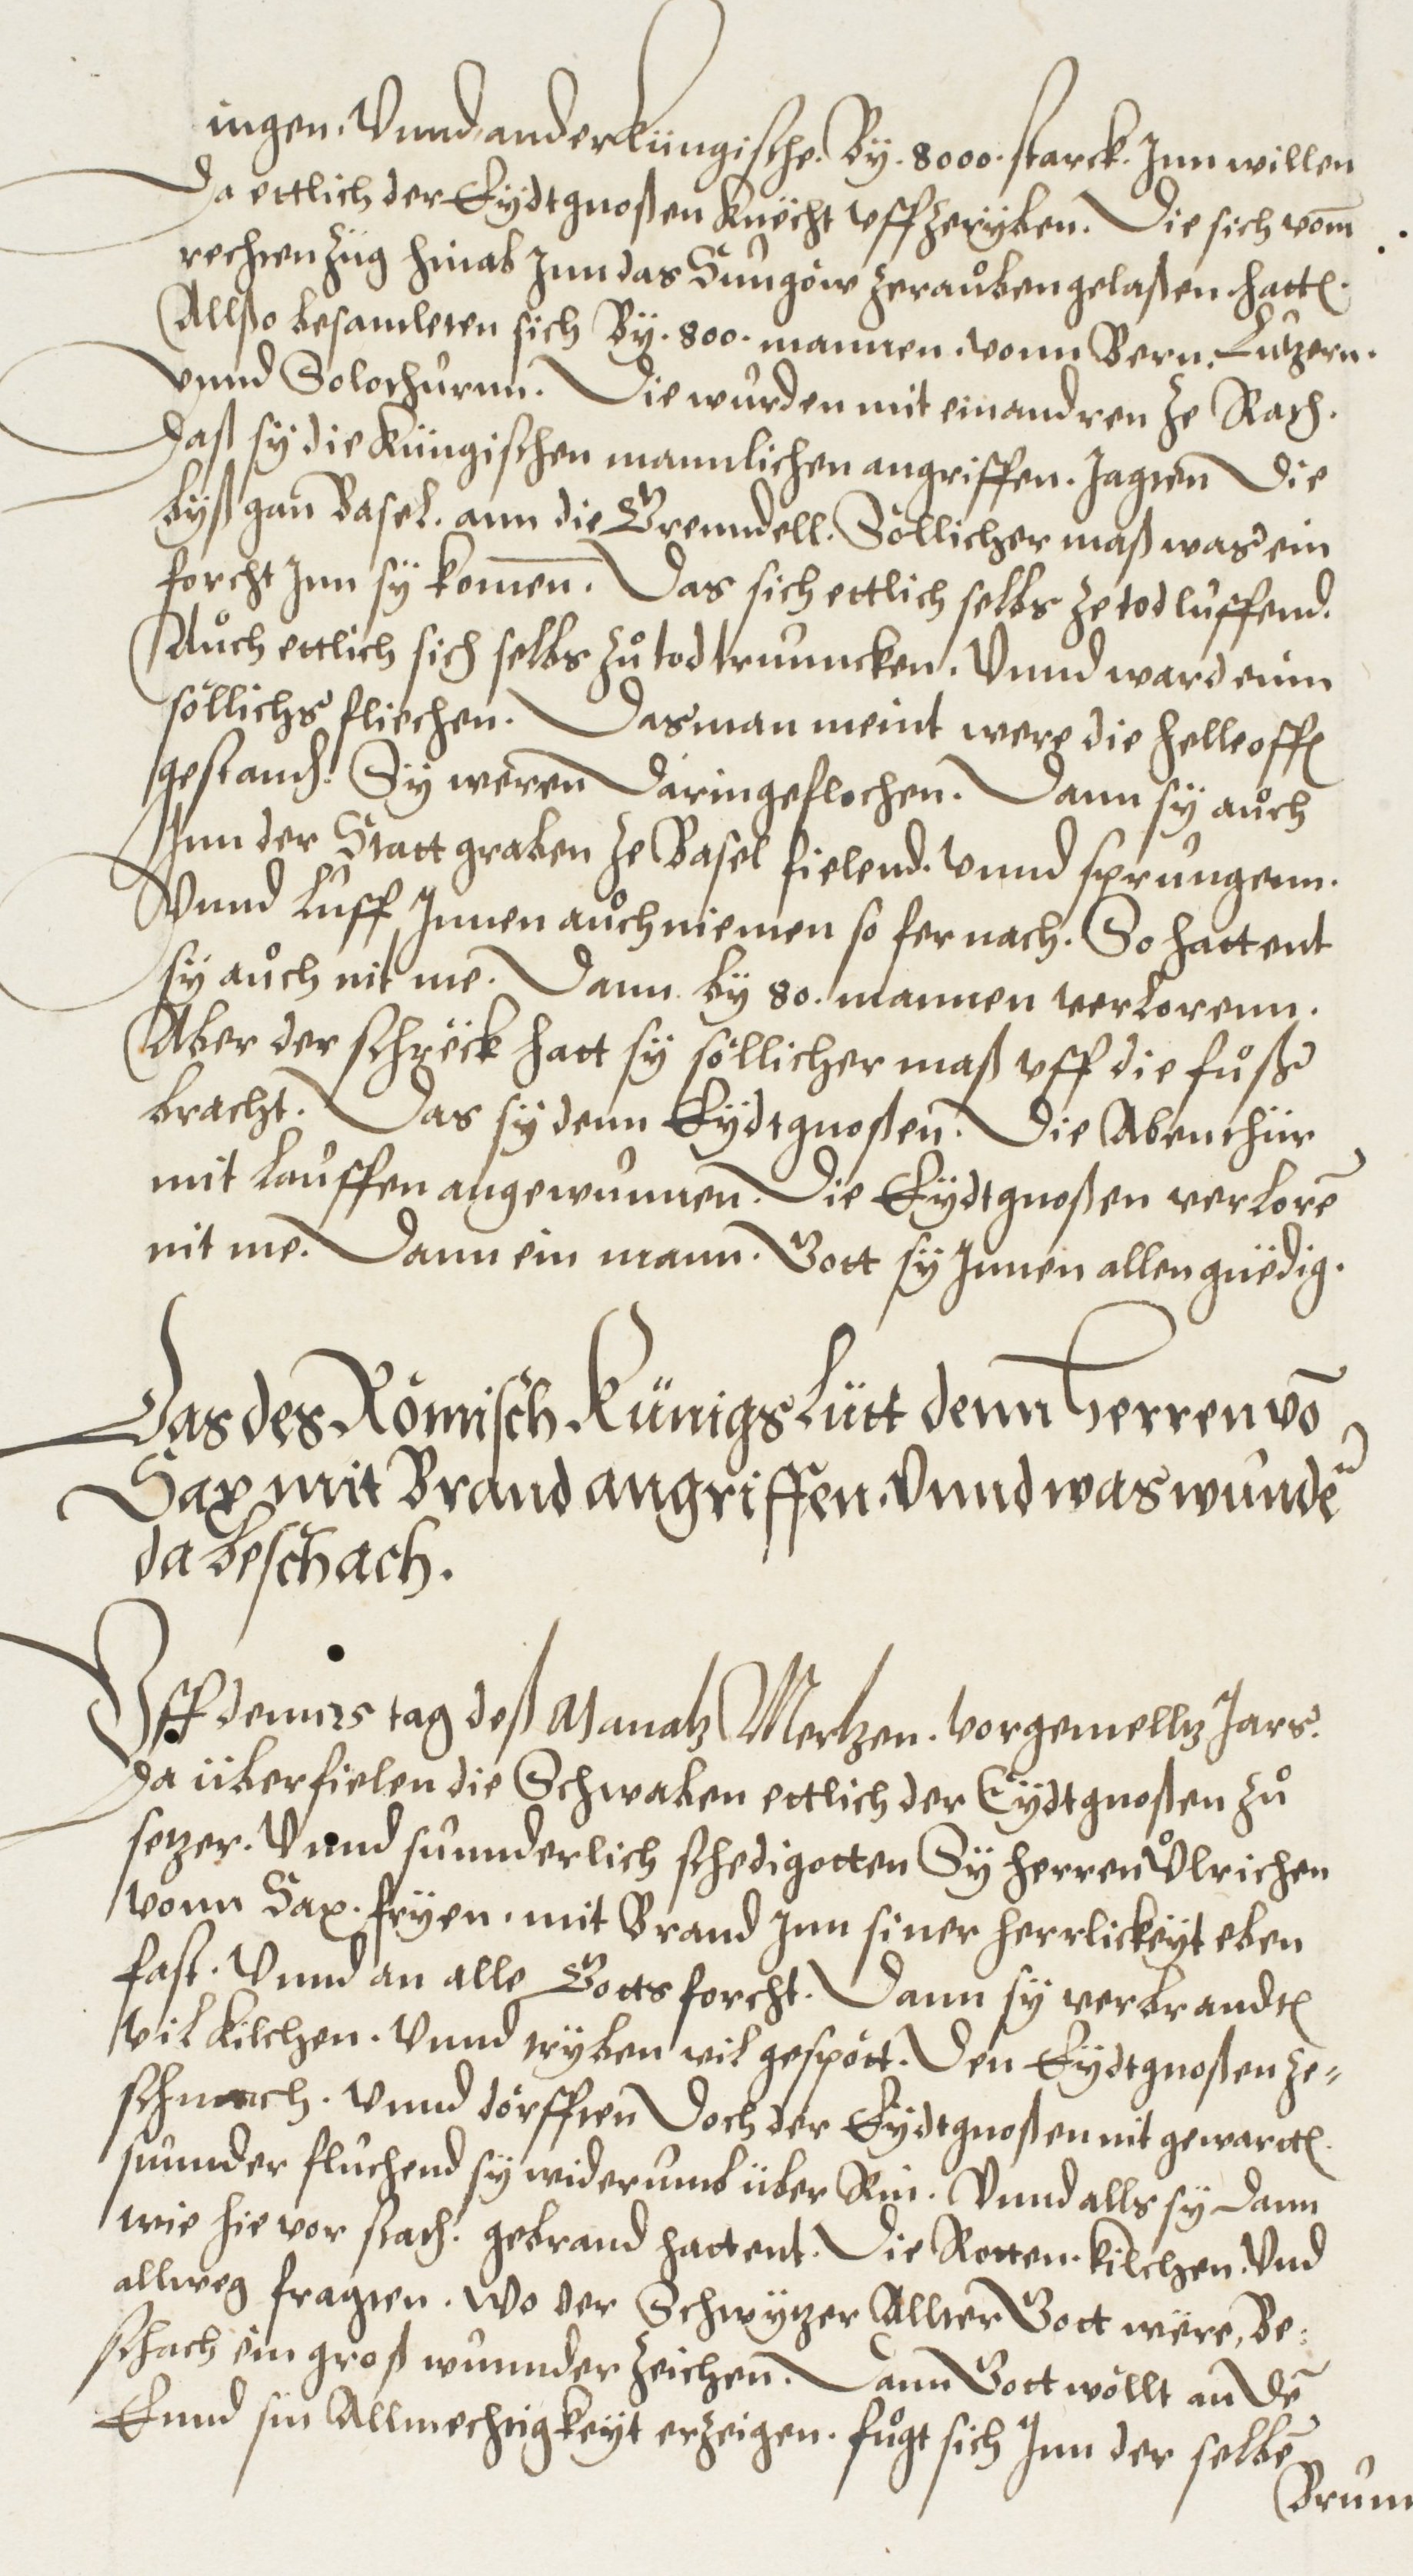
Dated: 1572–1572